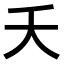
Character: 夭